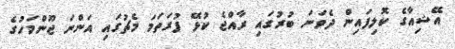
އޭޝިއާގެ ކޮލިފައިން ދެވަނަ ބުރުގައި ރާއްޖެ ކުޅޭ ފުރަތަމަ މެޗުގައި އަންނަ ޖޫންމަހުގެ